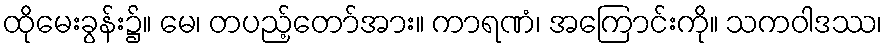
ထိုမေးခွန်း၌။ မေ၊ တပည့်တော်အား။ ကာရဏံ၊ အကြောင်းကို။ သကဝါဒဿ၊